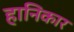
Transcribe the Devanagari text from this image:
हानिकार